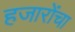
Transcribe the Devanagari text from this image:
हजारोंचा